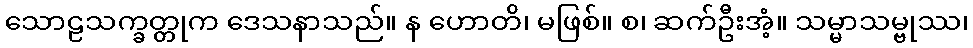
သောဠသက္ခတ္တုက ဒေသနာသည်။ န ဟောတိ၊ မဖြစ်။ စ၊ ဆက်ဦးအံ့။ သမ္မာသမ္ဗုဿ၊